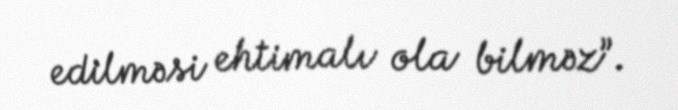
edilməsi ehtimalı ola bilməz”.